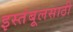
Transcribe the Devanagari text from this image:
इस्तंबूलसाठी